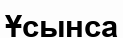
Ұсынса